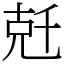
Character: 兛